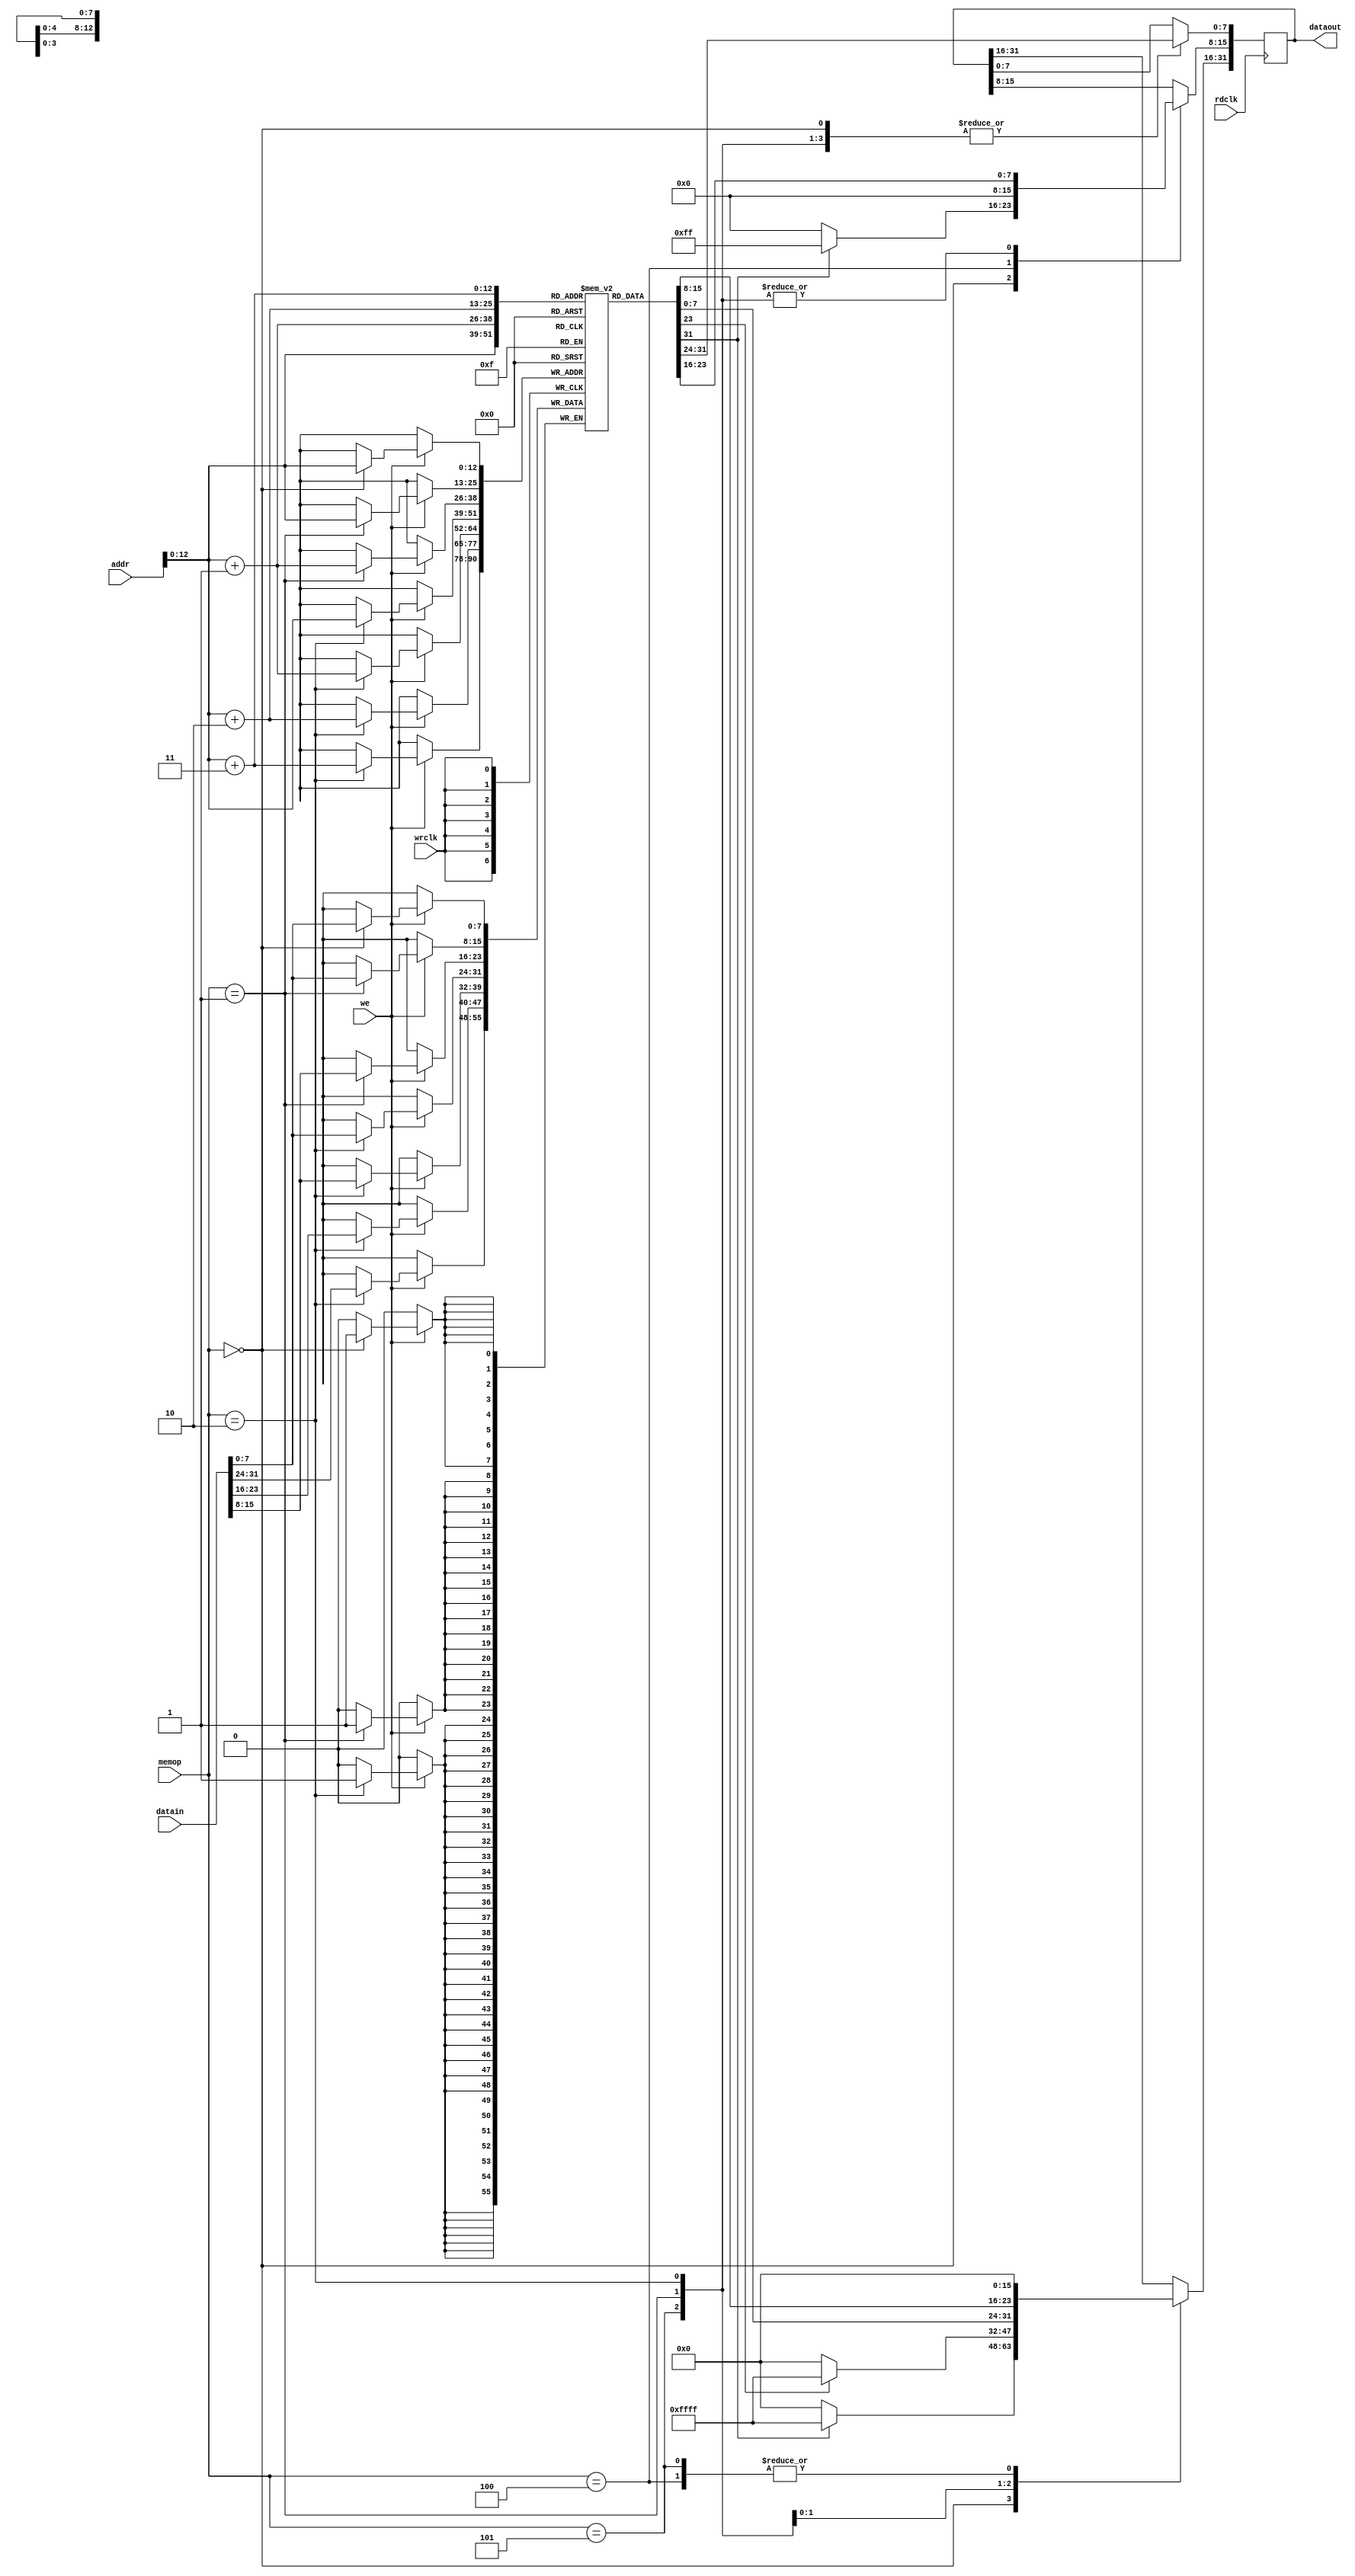
module dmem(
	input  [31:0] addr,
	output reg [31:0] dataout,
	input  [31:0] datain,
	input  rdclk,
	input  wrclk,
	input [2:0] memop,
	input we);

//add your code here

// 010  4 
// 001  2 
// 000  1 
// 101  2 
// 100  1 

reg [7:0] ram [4096:0];

always @(posedge rdclk)//read
begin
    case(memop)
	0:
	begin
	dataout[7:0]<=ram[addr];
    if(ram[addr][7])
			dataout[31:8]<=24'b111111111111111111111111;
		else
            dataout[31:8]<=24'b000000000000000000000000;
	end
    1:
	begin
    dataout[7:0]<=ram[addr];
	dataout[15:8]<=ram[addr+1];
	if(ram[addr+1][7])
			dataout[31:16]<=16'b1111111111111111;
		else 
		    dataout[31:16]<=16'b0000000000000000;
	end
	2:dataout<={ram[addr+3],ram[addr+2],ram[addr+1],ram[addr]};
	4:
	begin
	dataout[7:0]<=ram[addr];
	dataout[31:8]<=24'b000000000000000000000000;
	end 
	5:
	begin
    dataout[7:0]<=ram[addr];
	dataout[15:8]<=ram[addr+1];
    dataout[31:16]<=16'b0000000000000000;
	end

	endcase
end



always @(posedge wrclk)//write
begin
    if(we)
	begin 
	   case(memop)
       0:
	   begin
       ram[addr]  <= datain[7:0];
	   end
	   1:
	   begin
		ram[addr]  <= datain[7:0];
		ram[addr+1]<= datain[15:8];
       end
	   2:
	   begin
		ram[addr]  <= datain[7:0];
		ram[addr+1]<= datain[15:8];
		ram[addr+2]<= datain[23:16];
		ram[addr+3]<= datain[31:24];
	   end
	   endcase

	end
end

endmodule